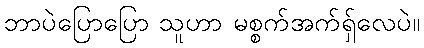
ဘာပဲပြောပြော သူဟာ မစ္စက်အက်ရှ်လေပဲ။